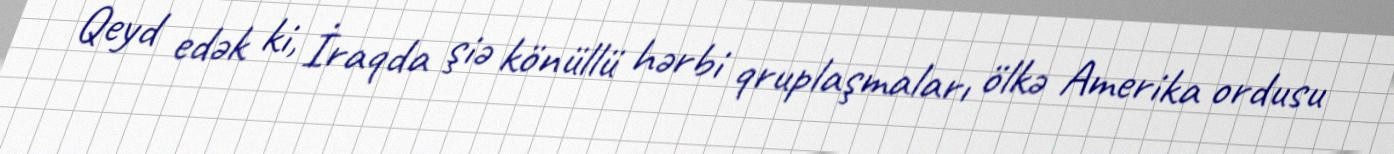
Qeyd edək ki, İraqda şiə könüllü hərbi qruplaşmaları ölkə Amerika ordusu